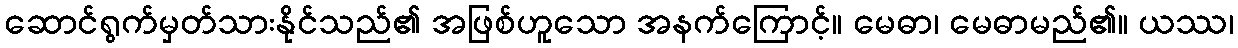
ဆောင်ရွက်မှတ်သားနိုင်သည်၏ အဖြစ်ဟူသော အနက်ကြောင့်။ မေဓာ၊ မေဓာမည်၏။ ယဿ၊